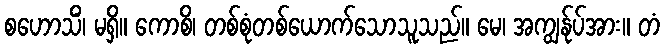
စဟောသိံ၊ မရှိ။ ကောစိ၊ တစ်စုံတစ်ယောက်သောသူသည်။ မေ၊ အကျွန်ုပ်အား။ တံ